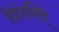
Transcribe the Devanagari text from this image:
छिंदन्ति